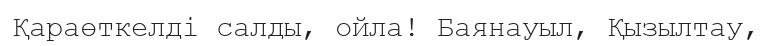
Қараөткелді салды, ойла! Баянауыл, Қызылтау,